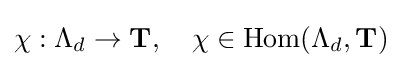
\chi :\Lambda _{d}\to \mathbf {T} ,\quad \chi \in \operatorname {Hom} (\Lambda _{d},\mathbf {T} )